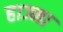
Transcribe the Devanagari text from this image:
हाज्मा